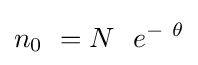
{n_{0}}\ =N\ \ e^{-\ \theta }